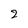
Character: 2